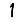
Digit: 1